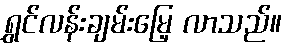
ရွှင်လန်းချမ်းမြေ့ လာသည်။